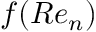
f ( R e _ { n } )